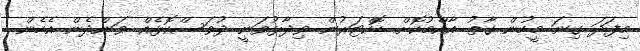
މިފަދަ ގިނަ މީހުން ގާތު އާއްމުކޮށް ޑޮކްޓަރުން ވިދާޅުވަނީ ދުވަސްކޮޅެއް ވަންދެން އެެހެން